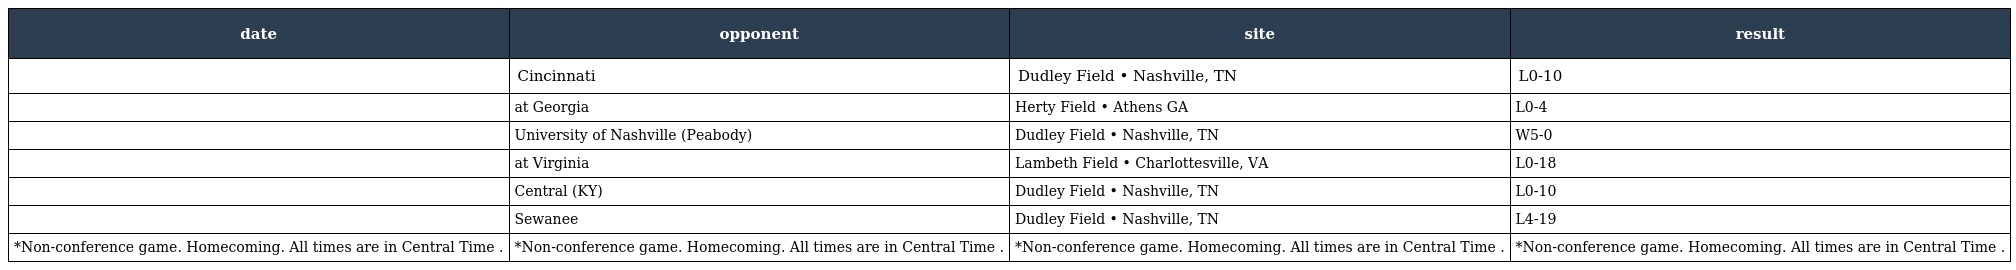
| date | opponent | site | result |
 | --- | --- | --- | --- |
 |  | Cincinnati | Dudley Field • Nashville, TN | L0-10 |
 |  | at Georgia | Herty Field • Athens GA | L0-4 |
 |  | University of Nashville (Peabody) | Dudley Field • Nashville, TN | W5-0 |
 |  | at Virginia | Lambeth Field • Charlottesville, VA | L0-18 |
 |  | Central (KY) | Dudley Field • Nashville, TN | L0-10 |
 |  | Sewanee | Dudley Field • Nashville, TN | L4-19 |
 | *Non-conference game. Homecoming. All times are in Central Time . | *Non-conference game. Homecoming. All times are in Central Time . | *Non-conference game. Homecoming. All times are in Central Time . | *Non-conference game. Homecoming. All times are in Central Time . |